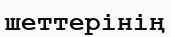
шеттерінің